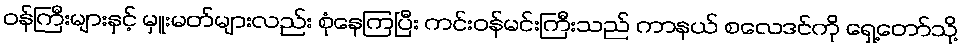
ဝန်ကြီးများနှင့် မှူးမတ်များလည်း စုံနေကြပြီး ကင်းဝန်မင်းကြီးသည် ကာနယ် စလေဒင်ကို ရှေ့တော်သို့